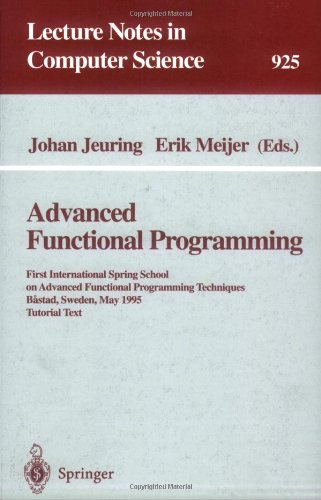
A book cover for Advanced Functional Programming: First International Spring School on Advanced Functional Programming Techniques, Bastad, Sweden, May 24 - 30, 1995. Tutorial Text (Lecture Notes in Computer Science); Computers & Technology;